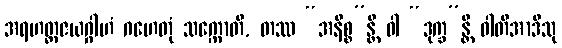
အရဟတ္တဇယဂ္ဂါဟံ ဂဟေတုံ သက္ကောတိ, တဿ “အနိစ္စ”န္တိ ဝါ “ဒုက္ခ”န္တိ ဝါတိအာဒီသု